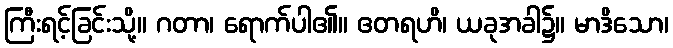
ကြီးရင့်ခြင်းသို့။ ဂတာ၊ ရောက်ပါ၏။ ဧတရဟိ၊ ယခုအခါ၌။ မာဒိသော၊